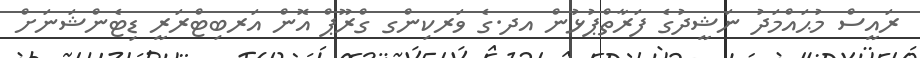
ރައީސް މުޙައްމަދު ނަޝީދުގެ ފަރާތްޕުޅުން އދ.ގެ ވަރކިންގ ގްރޫޕް އޮން އަރބިޓްރަރީ ޑިޓެންޝަނަށް